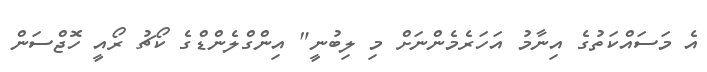
އެ މަސައްކަތުގެ އިނާމު އަހަރެމެންނަށް މި ލިބުނީ" އިންގްލެންޑްގެ ކޯޗު ރޯއީ ހޮޖްސަން